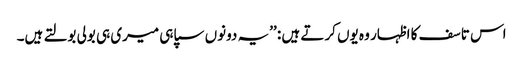
اس تاسف کا اظہار وہ یوں کرتے ہیں : ’’یہ دونوں سپاہی میری ہی بولی بولتے ہیں۔